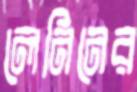
লেনিনের